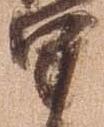
軍